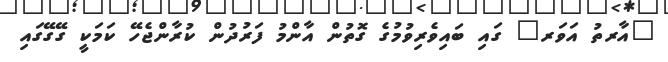
"އާރތު އަވަރ" ގައި ބައިވެރިވުމުގެ ގޮތުން އާންމު ފަރުދުން ކުރާންޖެހޭ ކަމަކީ ގޭގޭގައި